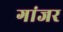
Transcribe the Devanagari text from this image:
गांजर